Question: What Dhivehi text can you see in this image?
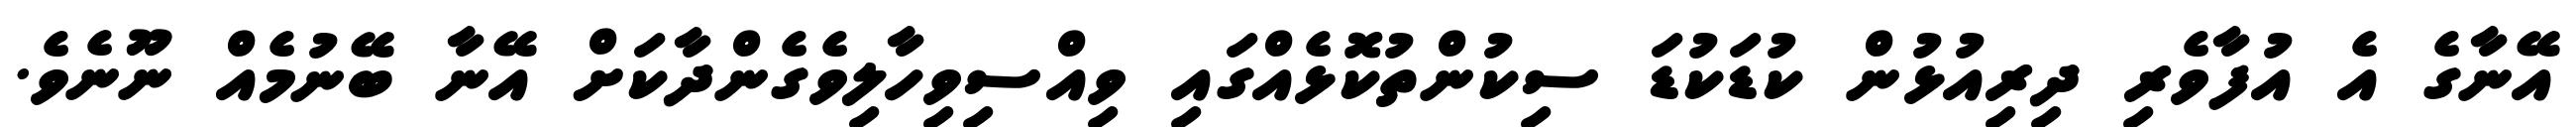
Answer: އޭނާގެ އެ އުފާވެރި ދިރިއުޅުން ކުޑަކުޑަ ސިކުންތުކޮޅެއްގައި ވިއްސިވިހާލިވެގެންދާކަށް އޭނާ ބޭނުމެއް ނޫނެވެ.